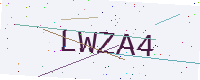
Text: LWZA4